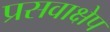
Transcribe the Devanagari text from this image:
प्रसवाक्षेप